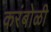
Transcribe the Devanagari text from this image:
करंबोळी